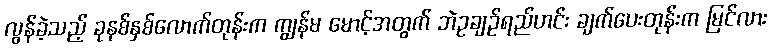
လွန်ခဲ့သည့် ခုနစ်နှစ်လောက်တုန်းက ကျွန်မ မောင့်အတွက် ဘဲဥချဉ်ရည်ဟင်း ချက်ပေးတုန်းက မြင်လား